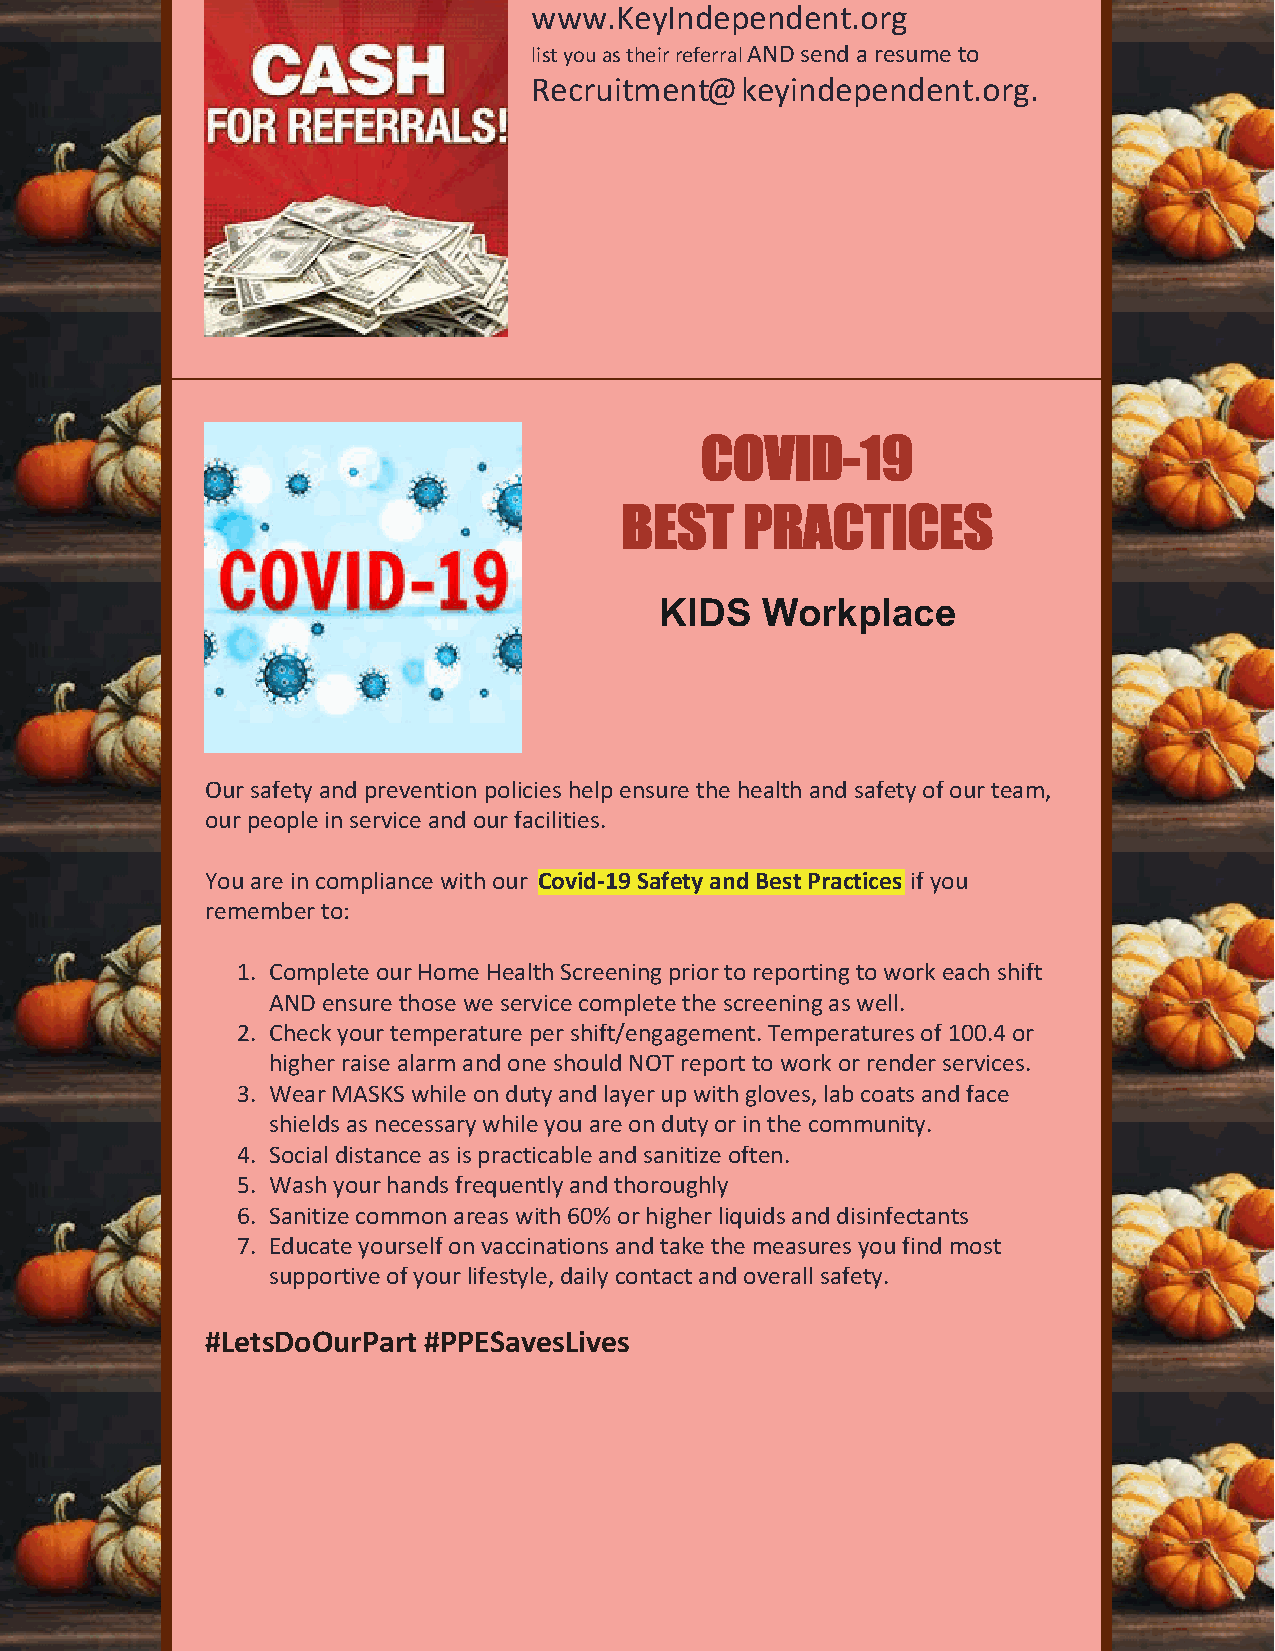
www.KeyIndependent.org
 list you as their referral AND send a resume to
 Recruitment@keyindependent.org.
 CCOOVVIIDD--1199
 BBEESSTT PPRRAACCTTIICCEESS
 KIDS  Workplace
 Our safety and prevention policies help ensure the health and safety of our team,
 our people in service and our facilities.
 You are in compliance with our Covid-19 Safety and Best Practices if you
 remember to:
 1. Complete our Home Health Screening prior to reporting to work each shift
 AND ensure those we service complete the screening as well.
 2. Check your temperature per shift/engagement. Temperatures of 100.4 or
 higher raise alarm and one should NOT report to work or render services.
 3. Wear MASKS while on duty and layer up with gloves, lab coats and face
 shields as necessary while you are on duty or in the community.
 4. Social distance as is practicable and sanitize often.
 5. Wash your hands frequently and thoroughly
 6. Sanitize common areas with 60% or higher liquids and disinfectants
 7. Educate yourself on vaccinations and take the measures you find most
 supportive of your lifestyle, daily contact and overall safety.
 #LetsDoOurPart #PPESavesLives